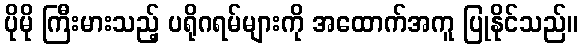
ပိုမို ကြီးမားသည့် ပရိုဂရမ်များကို အထောက်အကူ ပြုနိုင်သည်။